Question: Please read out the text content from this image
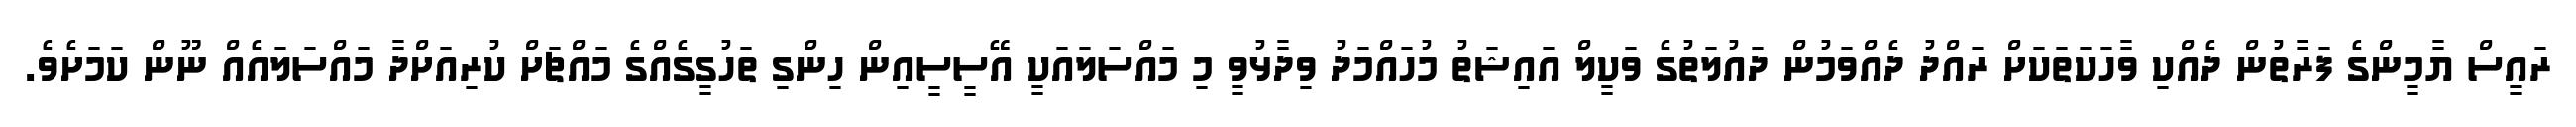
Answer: ރައީސް ޔާމީންގެ ފަރާތުން ދެއްކި ވާހަކަތަކަށް ރައްދު ދެއްވަމުން ދައުލަތުގެ ވަކީލް އައިޝަތު މުހައްމަދު ވިދާޅުވީ މި މައްސަލައަކީ އޭސީސީއިން ހިންގި ތަހުގީގެއްގެ މައްޗަށް ކުރިއަށްދާ މައްސަލައެއް ނޫން ކަމަށެވެ.